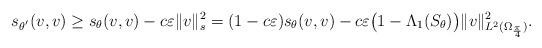
LaTeX: \begin{align*}s_{\theta^{'}}(v,v)\ge s_{\theta}(v,v)-c\varepsilon \|v\|^2_s=(1-c\varepsilon)s_\theta(v,v)-c\varepsilon \big(1-\Lambda_1(S_\theta)\big)\|v\|^2_{L^2(\Omega_{\frac{\pi}{4}})}.\end{align*}